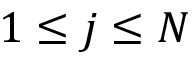
1 \le j \le N